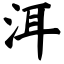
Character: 洱